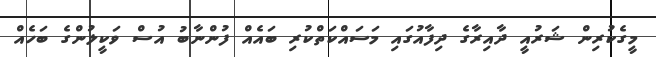
މީގެކުރިން ޝަރުއީ ދާއިރާގެ ދިފާއުގައި މަސައްކަތްކުރި ބައެއް ފުންނާބު އުސް ވަކީލުންގެ ބަހެއް